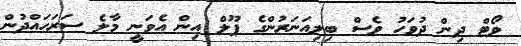
ވޯޓް ދިން ދުވަހު ވެސް ބިލިއަނަރުންގެ ޕޫލް އިން އެވަނީ މާލެ ސަރަހައްދުން